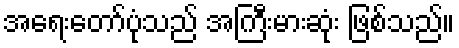
အရေးတော်ပုံသည် အကြီးမားဆုံး ဖြစ်သည်။